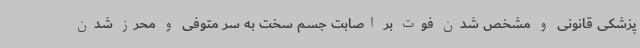
پزشکی قانونی و مشخص شدن فوت بر اصابت جسم سخت به سر متوفی و محرز شدن